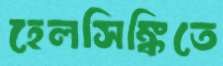
হেলসিঙ্কিতে